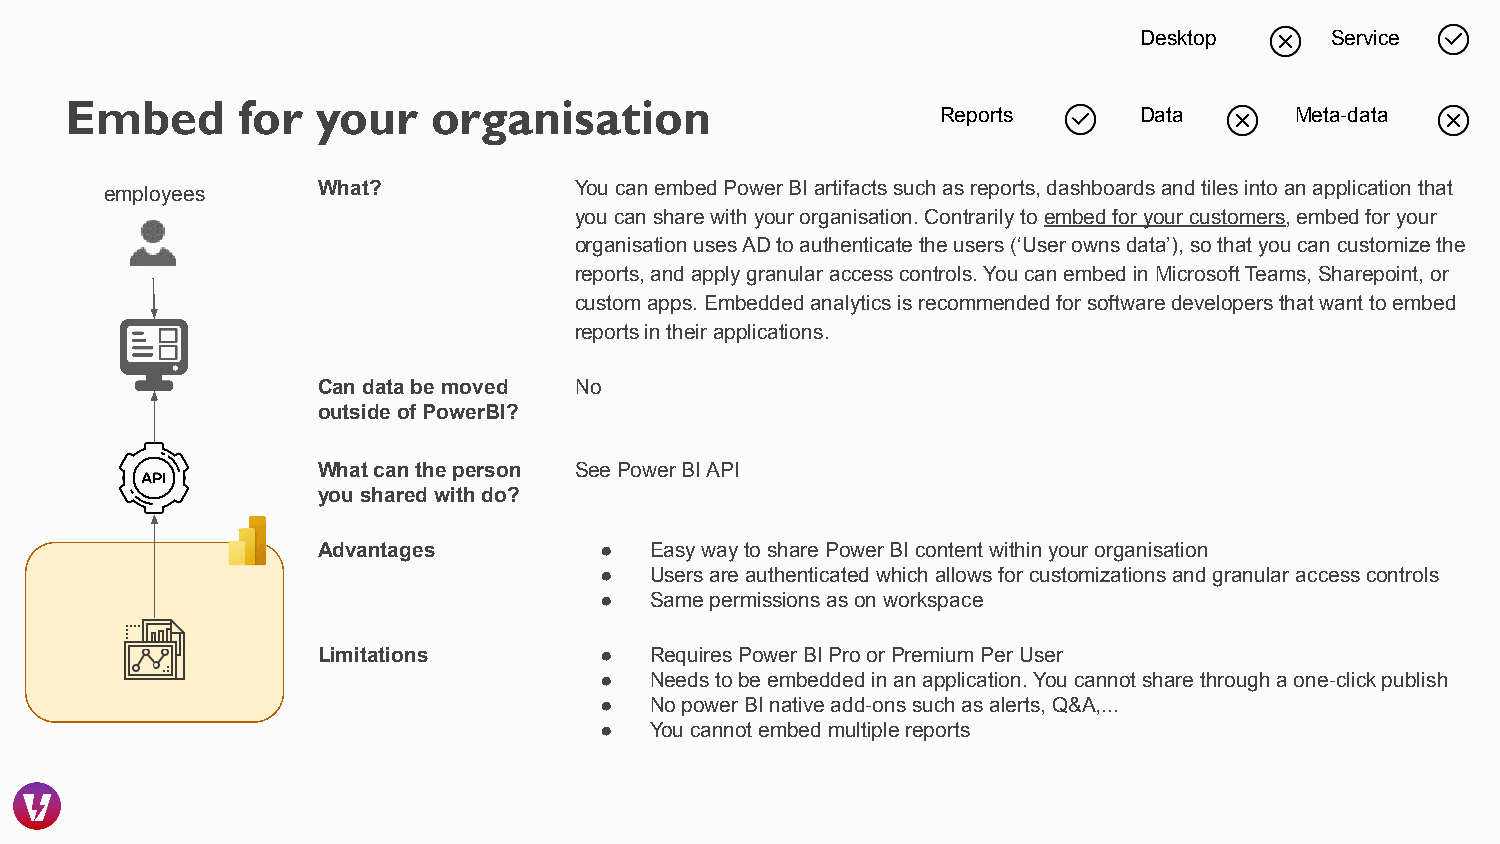
Desktop      Service
 Embed       for  your    organisation
 Reports      Data       Meta-data
 What?            You can embed Power BI artifacts such as reports, dashboards and tiles into an application that
 employees
 you can share with your organisation. Contrarily to embed for your customers, embed for your
 organisation uses AD to authenticate the users (‘User owns data’), so that you can customize the
 reports, and apply granular access controls. You can embed in Microsoft Teams, Sharepoint, or
 custom apps. Embedded analytics is recommended for software developers that want to embed
 reports in their applications.
 Can data be moved No
 outside of PowerBI?
 What can the person See Power BI API
 you shared with do?
 Advantages         ●  Easy way to share Power BI content within your organisation
 ●  Users are authenticated which allows for customizations and granular access controls
 ●  Same permissions as on workspace
 Limitations        ●  Requires Power BI Pro or Premium Per User
 ●  Needs to be embedded in an application. You cannot share through a one-click publish
 ●  No power BI native add-ons such as alerts, Q&A,...
 ●  You cannot embed multiple reports